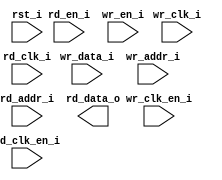
/*******************************************************************************
    Verilog netlist generated by IPGEN Lattice Radiant Software (64-bit)
    3.1.1.232.1
    Soft IP Version: 1.3.0
    2022 03 25 09:21:51
*******************************************************************************/
/*******************************************************************************
    Wrapper Module generated per user settings.
*******************************************************************************/
module dpram2048x8 (wr_clk_i, rd_clk_i, rst_i, wr_clk_en_i, rd_en_i,
    rd_clk_en_i, wr_en_i, wr_data_i, wr_addr_i, rd_addr_i, rd_data_o)/* synthesis syn_black_box syn_declare_black_box=1 */;
    input  wr_clk_i;
    input  rd_clk_i;
    input  rst_i;
    input  wr_clk_en_i;
    input  rd_en_i;
    input  rd_clk_en_i;
    input  wr_en_i;
    input  [7:0]  wr_data_i;
    input  [10:0]  wr_addr_i;
    input  [10:0]  rd_addr_i;
    output  [7:0]  rd_data_o;
endmodule